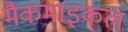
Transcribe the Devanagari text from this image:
मैकमाइकल